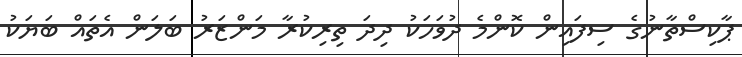
ޕާކިސްތާނުގެ ސިފައިން ކޮންމެ ދުވަހަކު ދިދަ ތިރިކުރާ މަންޒަރު ބަލަން އެތައް ބަޔަކު